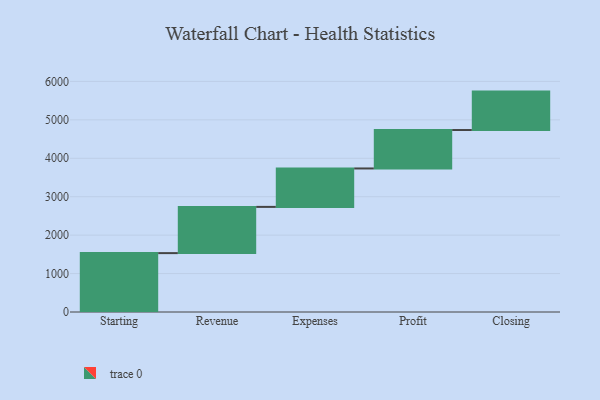
{"axis": {"x": "Step", "y": "Value"}, "legend": [""], "data": [{"x": "Starting", "y": 1532.0, "type": ""}, {"x": "Revenue", "y": 1203.0, "type": ""}, {"x": "Expenses", "y": 1000, "type": ""}, {"x": "Profit", "y": 1000, "type": ""}, {"x": "Closing", "y": 1000, "type": ""}]}